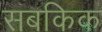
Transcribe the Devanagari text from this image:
सबकिक